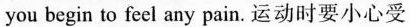
you begin to feel any pain. 运动时要小心受